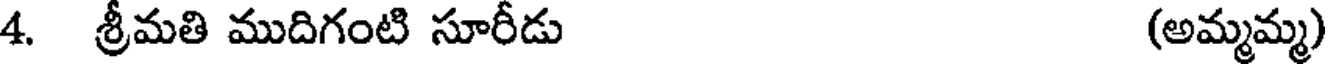
4. శ్రీమతి ముదిగంటి సూరీడు (అమ్మమ్మ)